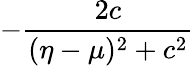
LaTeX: -\frac{2c}{(\eta-\mu)^{2}+c^{2}}